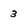
Character: 3